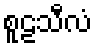
စူဠသီလံ